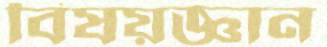
বিষয়জ্ঞান